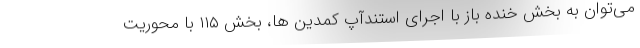
می‌توان به بخش خنده باز با اجرای استندآپ کمدین ها، بخش ۱۱۵ با محوریت